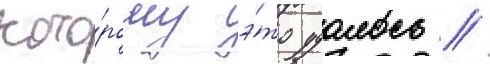
кото́рому э́то удалось //